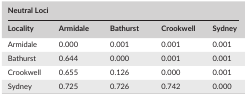
| <COLSPAN=5> Neutral Loci |
 | Locality | Armidale | Bathurst | Crookwell | Sydney |
 | --- | --- | --- | --- | --- |
 | Armidale | 0.000 | 0.001 | 0.001 | 0.001 |
 | Bathurst | 0.644 | 0.000 | 0.001 | 0.001 |
 | Crookwell | 0.655 | 0.126 | 0.000 | 0.001 |
 | Sydney | 0.725 | 0.726 | 0.742 | 0.000 |